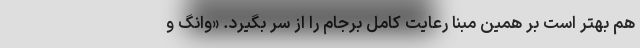
هم بهتر است بر همین مبنا رعایت کامل برجام را از سر بگیرد. «وانگ و